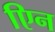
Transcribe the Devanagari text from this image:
एिन